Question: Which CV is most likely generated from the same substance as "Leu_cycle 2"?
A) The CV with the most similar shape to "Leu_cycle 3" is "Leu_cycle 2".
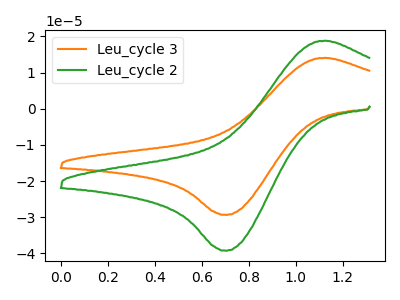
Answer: <think>The orange curve "Leu_cycle 3" has an anodic peak at (1.15V, 14.05uA) and a cathodic peak at (0.70V, -29.35uA). The green curve "Leu_cycle 2" has an anodic peak at (1.15V, 18.80uA) and a cathodic peak at (0.70V, -39.25uA).
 All the peaks in "Leu_cycle 3" have a peak in "Leu_cycle 2" at the same potential. Every peak in "Leu_cycle 3" is lower than every peak in "Leu_cycle 2".</think>
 <answer>A) The CV with the most similar shape to "Leu_cycle 3" is "Leu_cycle 2".</answer>
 <eval>A</eval>